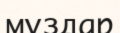
мұздар